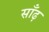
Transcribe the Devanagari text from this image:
साँढ़़